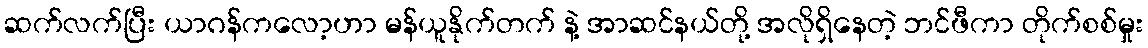
ဆက်လက်ပြီး ယာဂန်ကလော့ဟာ မန်ယူနိုက်တက် နဲ့ အာဆင်နယ်တို့ အလိုရှိနေတဲ့ ဘင်ဖီကာ တိုက်စစ်မှုး